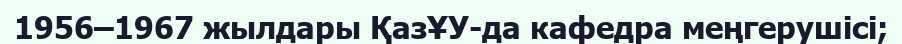
1956–1967 жылдары ҚазҰУ-да кафедра меңгерушісі;